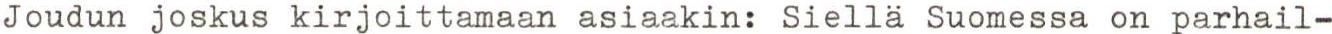
Joudun joskus kirjoittamaan asiaakin: Siellä Suomessa on parhail-